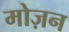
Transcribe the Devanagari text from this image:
मोज़न